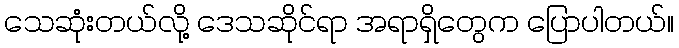
သေဆုံးတယ်လို့ ဒေသဆိုင်ရာ အရာရှိတွေက ပြောပါတယ်။